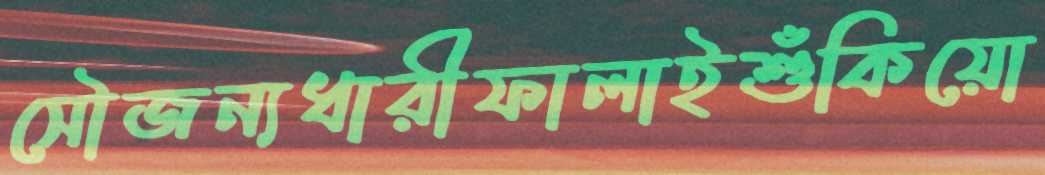
সৌজন্যধারীফালাইশুঁকিয়ো